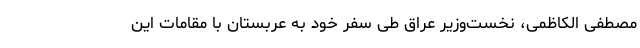
مصطفی الکاظمی، نخست‌وزیر عراق طی سفر خود به عربستان با مقامات این